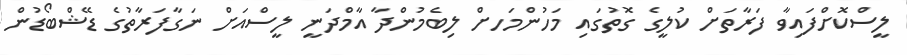
ލީސްކޮށްފައިވާ ފަރާތަށް ކުލީގެ ގޮތުގައި މަހުންމަހށް ލިބެމުންދާ އާމްދަނީ ލީސްއަށް ނަގާފަރާތުގެ ޑޭޝްބޯޑުން